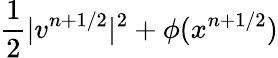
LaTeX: \frac 12|v^{n+1/2}|^{2}+\phi(x^{n+1/2})